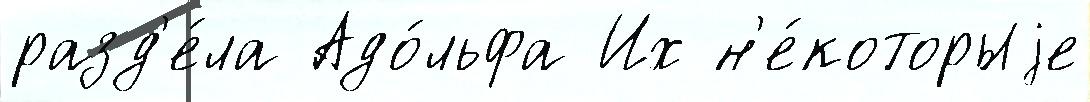
разд'е́ла Адо́льфа Их н'е́которыjе